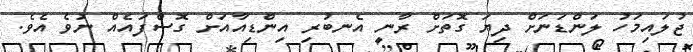
ޖުލައިމަހު ލަންޑަނަށް ދިޔަ ގޮތަށް ރާނީ އެނބުރި އިންޑިއާއަށް ގޮސްފައެއް ނުވެ އެވެ.